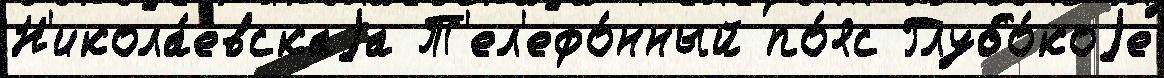
Н'икола́евскаjа Т'ел'ефо́нный по́яс Глубо́коjе